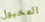
المخبول